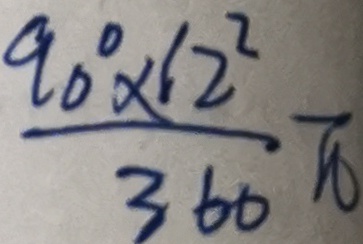
\frac { 9 0 ^ { \circ } \times 1 2 ^ { 2 } } { 3 6 0 } \pi